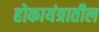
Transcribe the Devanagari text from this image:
होकायंत्रातील